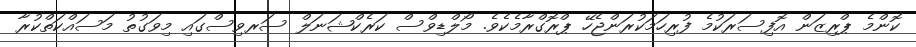
ކޮންމެ ޕްރިޒަން އޮފިސަރަކުމެ ފުރިހަމަކުރަންޖެހޭ ޕްރޮގްރާމެކެވެ. މޯލްޑިވްސް ކަރެކްޝަނަލް ސަރވިސްގައި މިވަގުތު މަސައްކަތްކުރާ